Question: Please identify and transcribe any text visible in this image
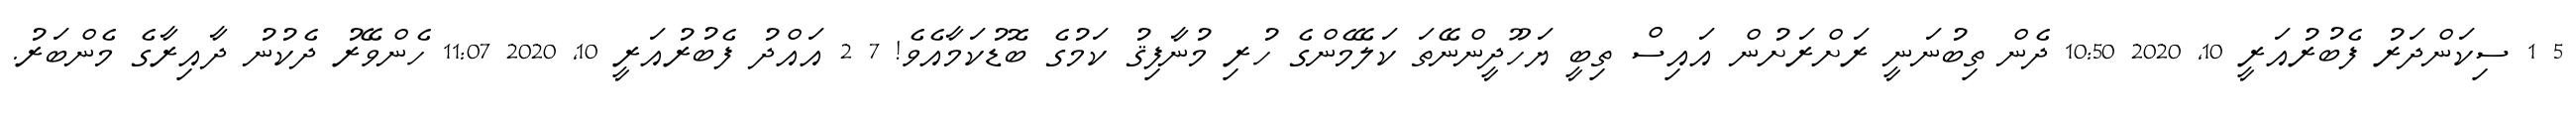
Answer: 5 1 ސިކަންދަރު ފެބުރުއަރީ 10, 2020 10:50 ދެން ތިބުނަނީ ރަށްރަށުން އައިސް ތިބީ ޔަހޫދީންނޭތަ ކަލޭމެންގެ ހުރި މުނާފިޤު ކަމުގެ ބޮޑުކަމާއެވެ! 7 2 އައްދު ފެބުރުއަރީ 10, 2020 11:07 ހެންވޭރު ދެކުނު ދާއިރާގެ މެންބަރު.